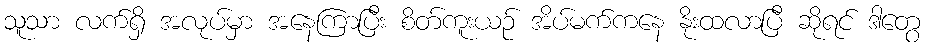
သူသာ လက်ရှိ အလုပ်မှာ အနေကြာပြီး စိတ်ကူးယဉ် အိပ်မက်ကနေ နိုးထလာပြီ ဆိုရင် ဒါတွေ